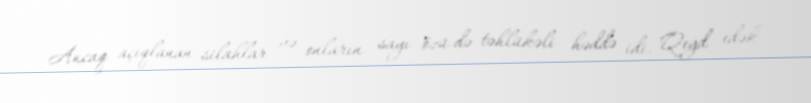
Ancaq açıqlanan silahlar və onların sayı özü də təhlükəli həddə idi. Qeyd edək